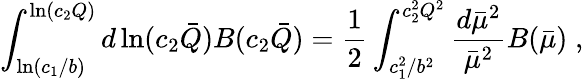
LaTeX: \int_{\ln(c_{1}/b)}^{\ln(c_{2}Q)}d\ln(c_{2}\bar{Q})B(c_{2}\bar{Q})={\frac{1}{2}}\int_{c_{1}^{2}/b^{2}}^{c_{2}^{2}Q^{2}}{\frac{d\bar{\mu}^{2}}{\bar{\mu}^{2}}}B(\bar{\mu})\; ,